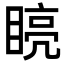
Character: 𭿏